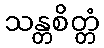
သန္တစိတ္တံ